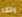
واثقه